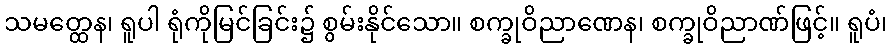
သမတ္ထေန၊ ရူပါ ရုံကိုမြင်ခြင်း၌ စွမ်းနိုင်သော။ စက္ခုဝိညာဏေန၊ စက္ခုဝိညာဏ်ဖြင့်။ ရူပံ၊